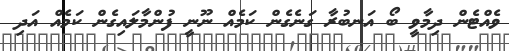
ވެއްޓެން ދިމާވީ ބޯ އަނބުރާ ގަނެގެން ކަމެއް ނޫނީ ފުންމާލައިގެން ކަމެއް އަދި